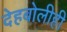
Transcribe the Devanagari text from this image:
देहबोलीही